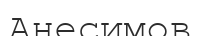
Анесимов